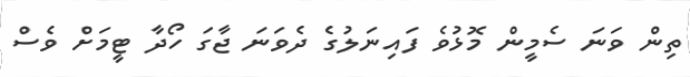
ތިން ވަނަ ސެމީން މޮޅުވެ ފައިނަލުގެ ދެވަނަ ޖާގަ ހޯދާ ޓީމަށް ވެސް